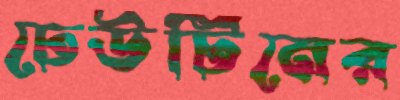
ঢেউটিনের